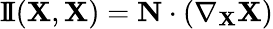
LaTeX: \operatorname{I\! I}(\mathbf{X},\mathbf{X})=\mathbf{N}\cdot(\nabla_{\mathbf{X}}\mathbf{X})